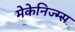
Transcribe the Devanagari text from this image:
मेकेनिज्म्स